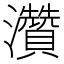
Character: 灒